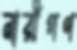
নারীগণ